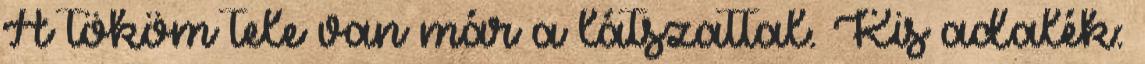
A tököm tele van már a látszattal. Kis adalék: